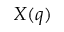
X ( q )